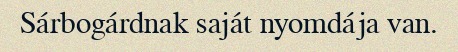
Sárbogárdnak saját nyomdája van.